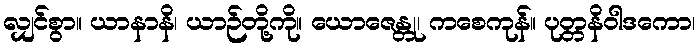
လျှင်စွာ။ ယာနာနိ၊ ယာဉ်တို့ကို။ ယောဇေန္တု၊ ကစေကုန်။ ပုတ္တနိဝါဒကော၊